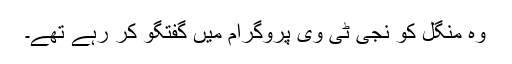
وہ منگل کو نجی ٹی وی پروگرام میں گفتگو کر رہے تھے۔